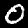
Label: 0